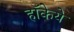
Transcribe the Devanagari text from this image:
हॉकेये